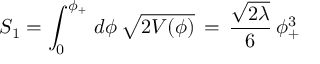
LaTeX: S _ { 1 } = \int _ { 0 } ^ { \phi _ { + } } \, d \phi \, \sqrt { 2 V ( \phi ) } \, = \, \frac { \sqrt { 2 \lambda } } { 6 } \, \phi _ { + } ^ { 3 }